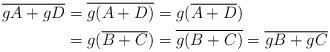
LaTeX: \begin{align*}\overline{gA+gD}&=\overline{g(A+D)}=g(\overline{A+D})\\&=g(\overline{B+C})=\overline{g(B+C)}=\overline{gB+gC}\end{align*}